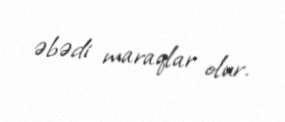
əbədi maraqlar olur.